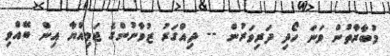
މުބާރާތުން ވަނަ ހޯދި ދަރިވަރުން -- ދިއްގަރު ޒުވާނުންގެ ޖަމިއްޔާ އިން ބޭއްވި